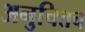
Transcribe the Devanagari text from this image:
अनुचितच